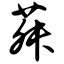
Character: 菽